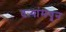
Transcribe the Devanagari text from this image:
दऱ्यांमधून